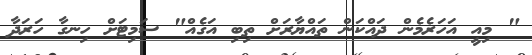
" މިއީ އަހަރެމެން ދައްކަން ތައްޔާރަށް ތިބި އަގެއް" ސަމިޓަށް ހިނގާ ހަރަދާ